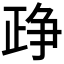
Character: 𰁔